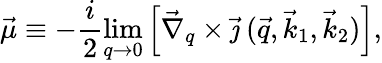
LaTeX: \vec{\mu}\equiv-\frac{i}{2}\operatorname*{lim}_{q\rightarrow 0}\left[\vec{\nabla}_{q}\times\vec{\jmath}\: (\vec{q},\vec{k}_{1},\vec{k}_{2})\right],